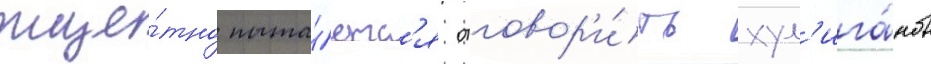
тще́тно пыта́етс'я отговор'и́ть хул'ига́нов